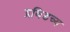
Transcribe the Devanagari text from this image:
द्रविडच्य